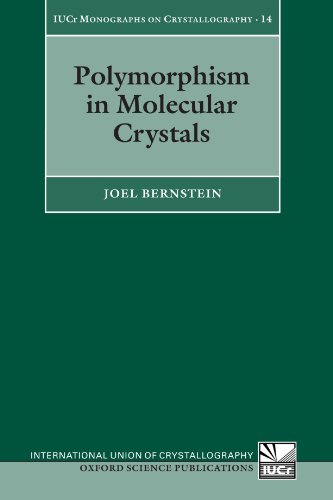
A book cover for Polymorphism in Molecular Crystals (International Union of Crystallography Monographs on Crystallography); Joel Bernstein; Science & Math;